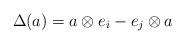
LaTeX: \begin{align*}\Delta(a)=a\otimes e_i-e_j\otimes a\end{align*}